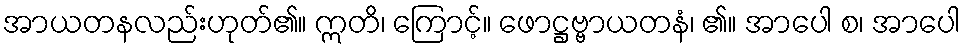
အာယတနလည်းဟုတ်၏။ ဣတိ၊ ကြောင့်။ ဖောဋ္ဌဗ္ဗာယတနံ၊ ၏။ အာပေါ စ၊ အာပေါ